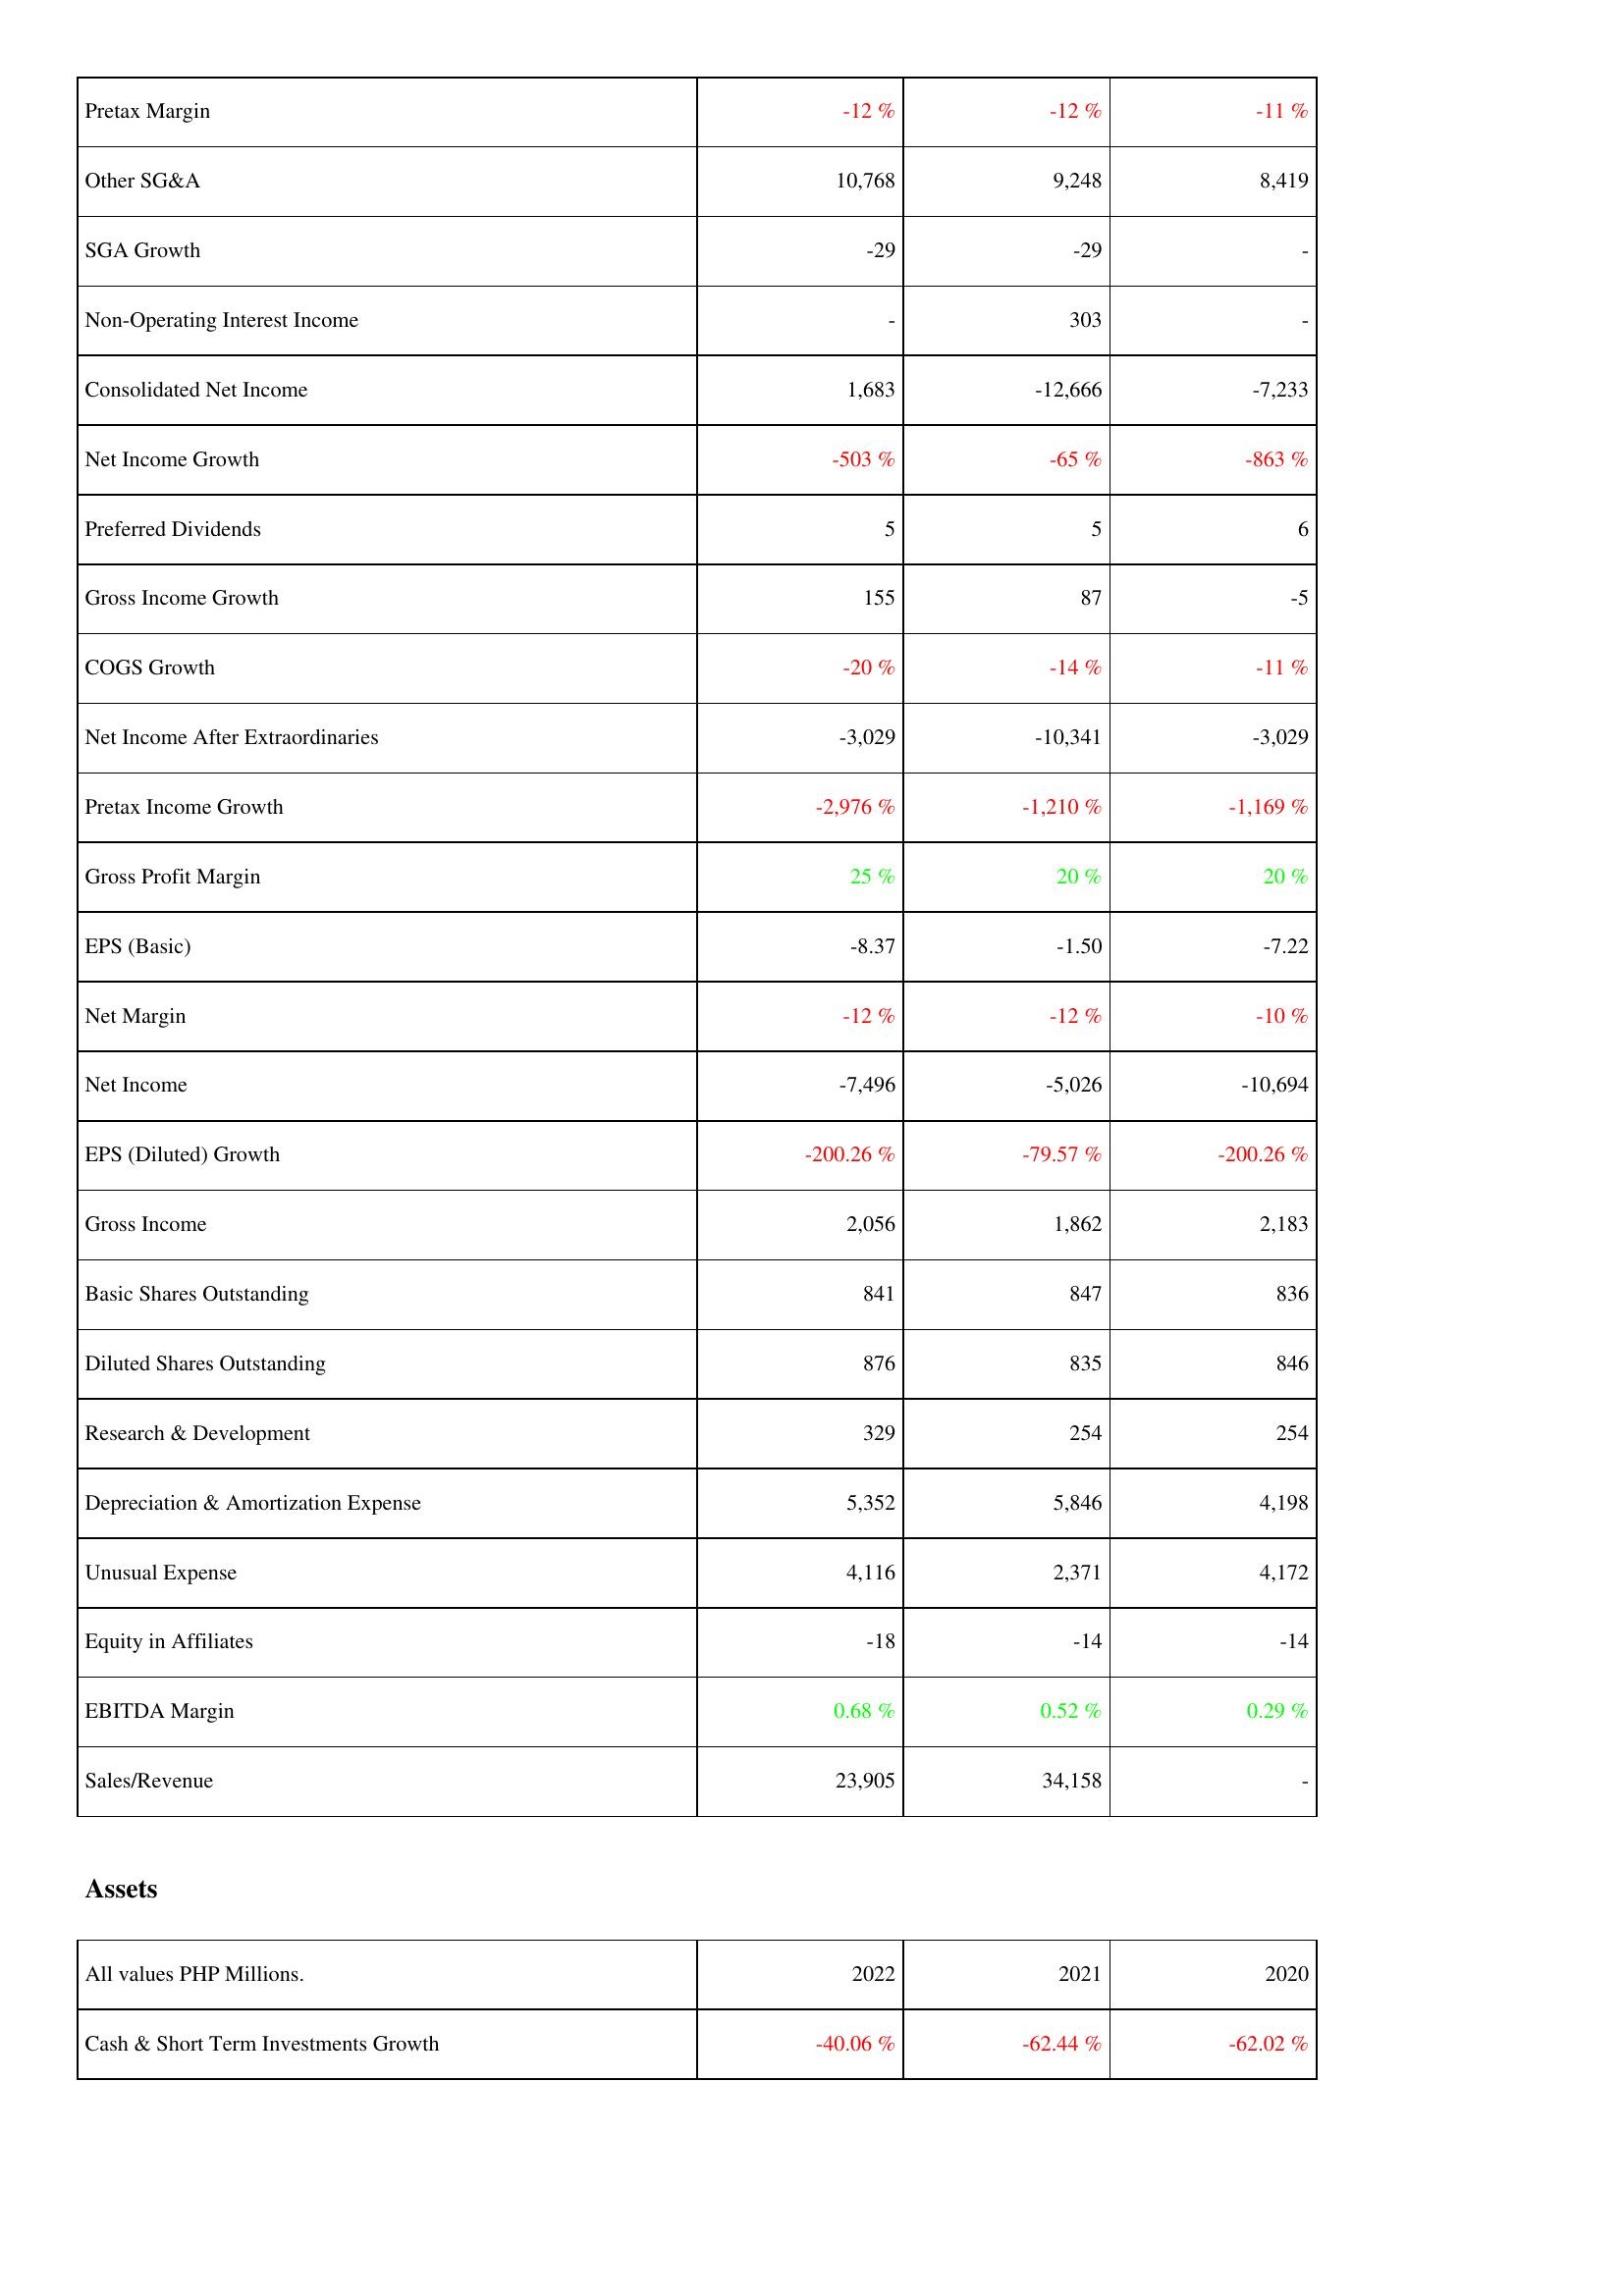
2022: Income Statement: Pretax Margin: -12 %
Other SG&A: 10,768
SGA Growth: -29
Non-Operating Interest Income: -
Consolidated Net Income: 1,683
Net Income Growth: -503 %
Preferred Dividends: 5
Gross Income Growth: 155
COGS Growth: -20 %
Net Income After Extraordinaries: -3,029
Pretax Income Growth: -2,976 %
Gross Profit Margin: 25 %
EPS (Basic): -8.37
Net Margin: -12 %
Net Income: -7,496
EPS (Diluted) Growth: -200.26 %
Gross Income: 2,056
Basic Shares Outstanding: 841
Diluted Shares Outstanding: 876
Research & Development: 329
Depreciation & Amortization Expense: 5,352
Unusual Expense: 4,116
Equity in Affiliates: -18
EBITDA Margin: 0.68 %
Sales/Revenue: 23,905
Assets: Cash & Short Term Investments Growth: -40.06 %
2021: Income Statement: Pretax Margin: -12 %
Other SG&A: 9,248
SGA Growth: -29
Non-Operating Interest Income: 303
Consolidated Net Income: -12,666
Net Income Growth: -65 %
Preferred Dividends: 5
Gross Income Growth: 87
COGS Growth: -14 %
Net Income After Extraordinaries: -10,341
Pretax Income Growth: -1,210 %
Gross Profit Margin: 20 %
EPS (Basic): -1.50
Net Margin: -12 %
Net Income: -5,026
EPS (Diluted) Growth: -79.57 %
Gross Income: 1,862
Basic Shares Outstanding: 847
Diluted Shares Outstanding: 835
Research & Development: 254
Depreciation & Amortization Expense: 5,846
Unusual Expense: 2,371
Equity in Affiliates: -14
EBITDA Margin: 0.52 %
Sales/Revenue: 34,158
Assets: Cash & Short Term Investments Growth: -62.44 %
2020: Income Statement: Pretax Margin: -11 %
Other SG&A: 8,419
SGA Growth: -
Non-Operating Interest Income: -
Consolidated Net Income: -7,233
Net Income Growth: -863 %
Preferred Dividends: 6
Gross Income Growth: -5
COGS Growth: -11 %
Net Income After Extraordinaries: -3,029
Pretax Income Growth: -1,169 %
Gross Profit Margin: 20 %
EPS (Basic): -7.22
Net Margin: -10 %
Net Income: -10,694
EPS (Diluted) Growth: -200.26 %
Gross Income: 2,183
Basic Shares Outstanding: 836
Diluted Shares Outstanding: 846
Research & Development: 254
Depreciation & Amortization Expense: 4,198
Unusual Expense: 4,172
Equity in Affiliates: -14
EBITDA Margin: 0.29 %
Sales/Revenue: -
Assets: Cash & Short Term Investments Growth: -62.02 %